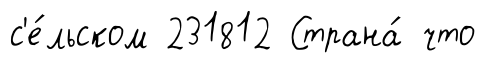
с'е́льском 231812 Страна́ что